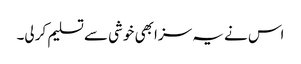
اس نے یہ سزا بھی خوشی سے تسلیم کر لی۔